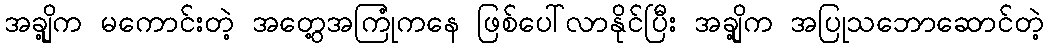
အချို့က မကောင်းတဲ့ အတွေ့အကြုံကနေ ဖြစ်ပေါ်လာနိုင်ပြီး အချို့က အပြုသဘောဆောင်တဲ့